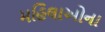
મહિલાઓના